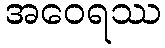
အဝေရဿ